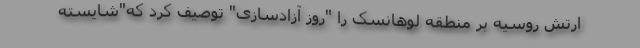
ارتش روسیه بر منطقه لوهانسک را "روز آزادسازی" توصیف کرد که"شایسته